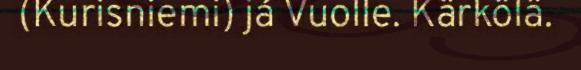
(Kurisniemi) já Vuolle. Kärkölä.